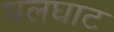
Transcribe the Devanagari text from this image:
घलघाट